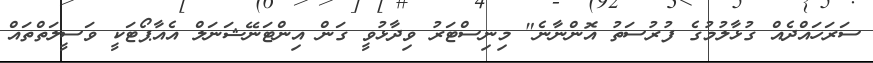
ސަރަހައްދެއް ގުޅާލުމުގެ ފުރުސަތު އޮންނާނެ" މިނިސްޓަރު ވިދާޅުވީ ގަން އިންޓަނޭޝަނަލް އެއާޕޯޓަކީ ވަސީލަތްތައް